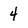
Character: 4